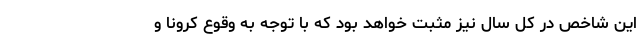
این شاخص در کل سال نیز مثبت خواهد بود که با توجه به وقوع کرونا و